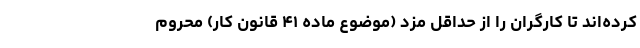
کرده‌اند تا کارگران را از حداقل مزد (موضوع ماده ۴۱ قانون کار) محروم